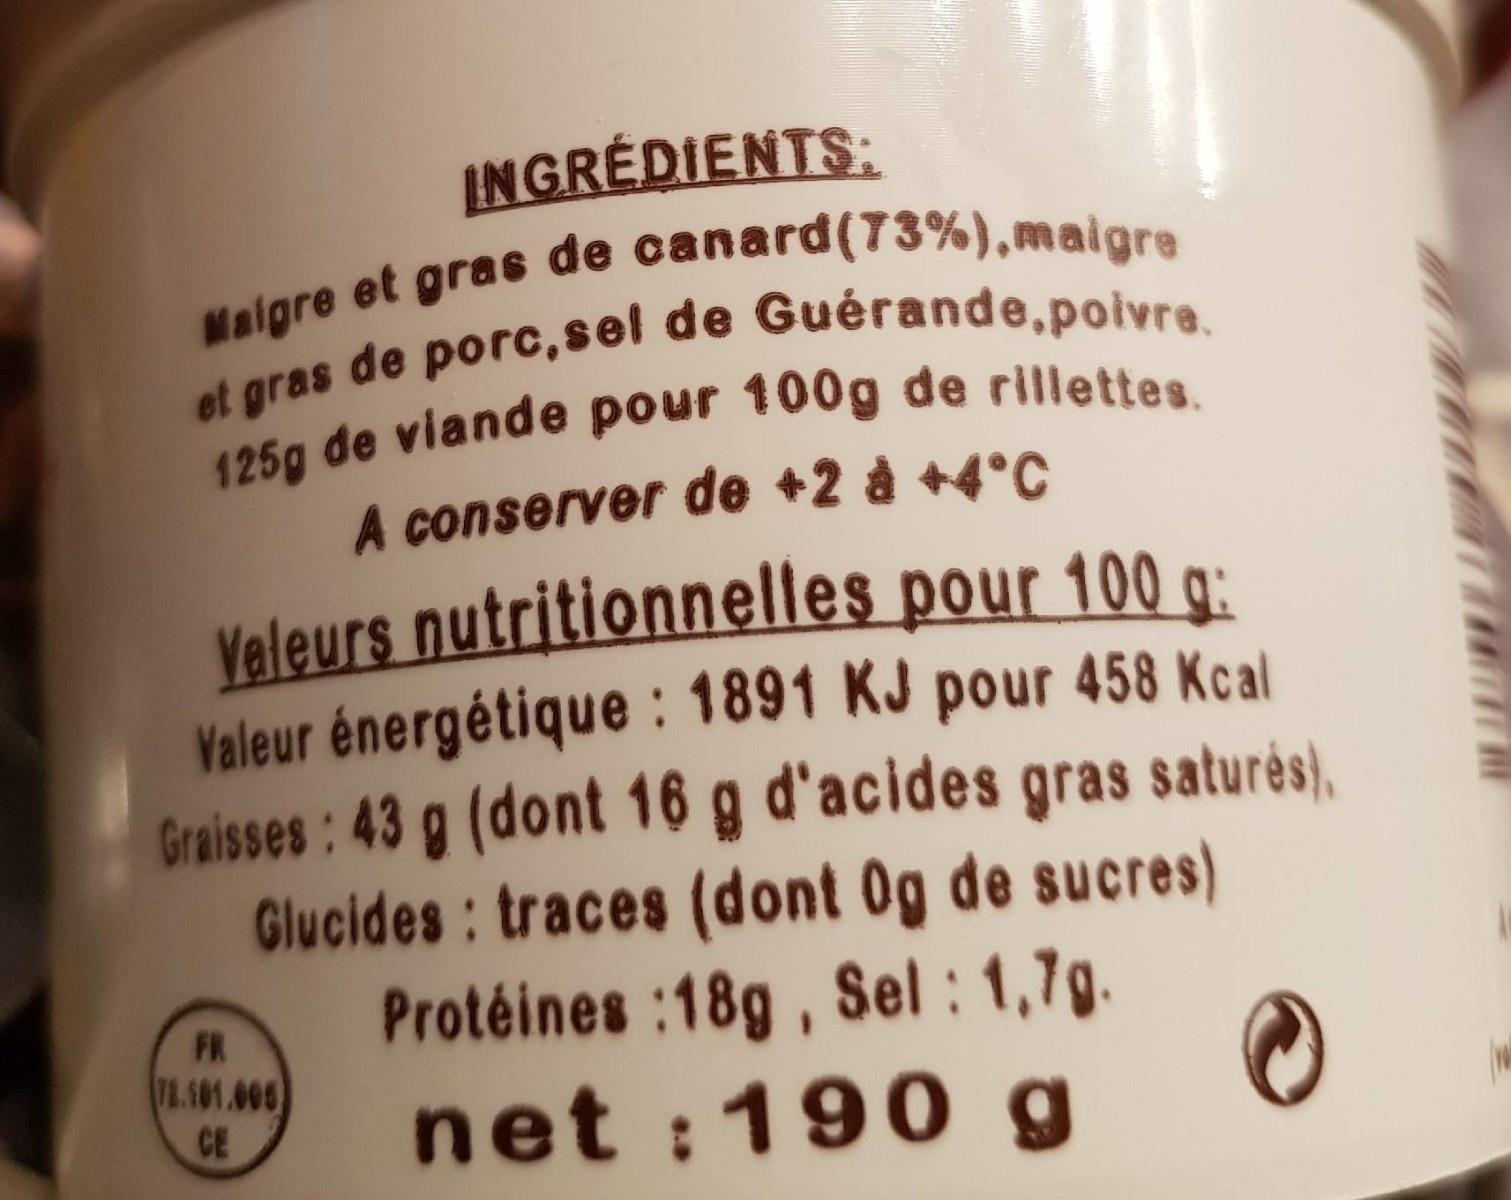
INGRÉDIENTS:
A conserver de +2 à +4°C
Veleurs nutritionnelles pour 100 a: Valeur énergétique : 1891 KJ pour 458 Kcal Graisses: 43 g (dont 16 Glucides: traces (dont Og de sucres) Protéines :18g, Sel : 1,7g. net :190 g
g d'acides gras saturės),
,
FR 7A.101.006 CE